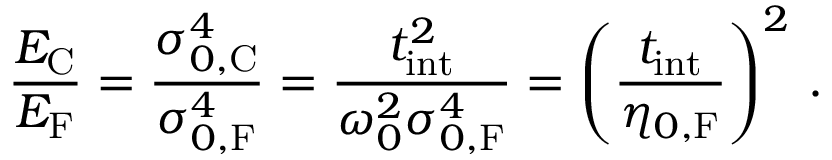
\frac { E _ { \mathrm { C } } } { E _ { \mathrm { F } } } = \frac { \sigma _ { 0 , \mathrm { C } } ^ { 4 } } { \sigma _ { 0 , \mathrm { F } } ^ { 4 } } = \frac { t _ { \mathrm { i n t } } ^ { 2 } } { \omega _ { 0 } ^ { 2 } \sigma _ { 0 , \mathrm { F } } ^ { 4 } } = \left( \frac { t _ { \mathrm { i n t } } } { \eta _ { 0 , \mathrm { F } } } \right) ^ { 2 } \, .